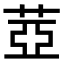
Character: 𦲕